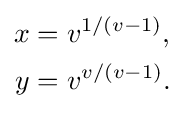
{\begin{aligned}x&=v^{1/(v-1)},\\y&=v^{v/(v-1)}.\end{aligned}}